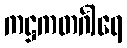
ကဋ္ဌကတင်္ဂါရေ